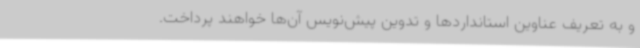
و به تعریف عناوین استانداردها و تدوین پیش‌نویس آن‌ها خواهند پرداخت.